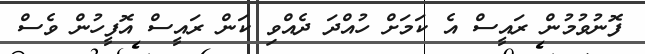
ފޮނުވުމުން ރައީސް އެ ކަމަށް ހުއްދަ ދެއްވި ކަން ރައީސް އޮފީހުން ވެސް